画像に写った文字を読んでください
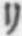
「リ」と書いてあります